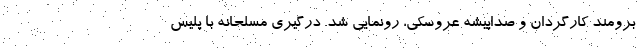
برومند کارگردان و صداپیشه عروسکی، رونمایی شد. درگیری مسلحانه با پلیس